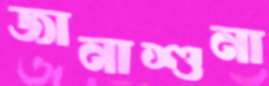
জানাশুনা